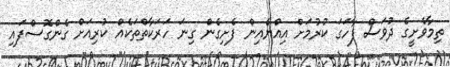
ތިމާވެށީގެ ދުވަސް ފާހަގަ ކުރުމަށް އިއްޔެއިން ފެށިގެން ގިނަ ހަރަކާތްތަކެއް ކުރިއަށް ގެންގޮސްފައި